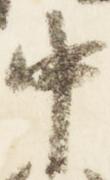
中